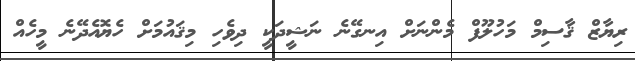
ރިޔާޒް ޤާސިމް މަހުލޫފް މެންނަށް އިނގޭނެ ނަޝީދަކީ ދިވެހި މިޤައުމަށް ހެޔޮއެދޭނެ މީހެއް